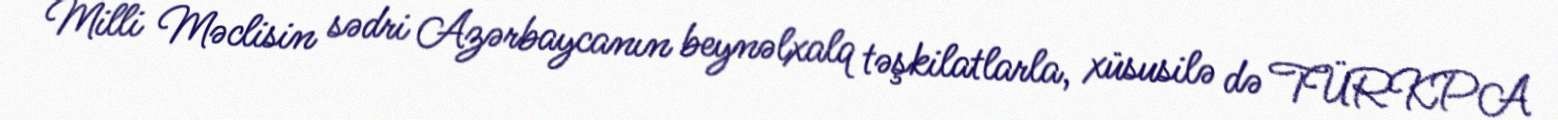
Milli Məclisin sədri Azərbaycanın beynəlxalq təşkilatlarla, xüsusilə də TÜRKPA